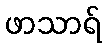
ဖာသာရ်